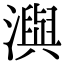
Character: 㵰